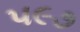
૫૯૭